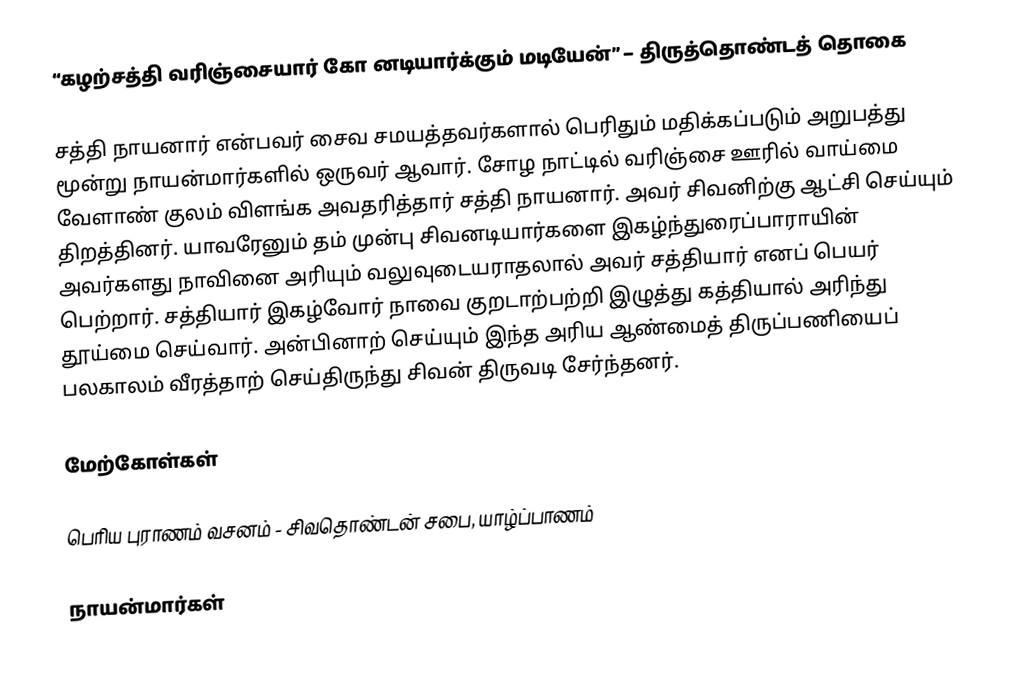
“கழற்சத்தி வரிஞ்சையார் கோ னடியார்க்கும் மடியேன்” – திருத்தொண்டத் தொகை

சத்தி நாயனார் என்பவர் சைவ சமயத்தவர்களால் பெரிதும் மதிக்கப்படும் அறுபத்து மூன்று நாயன்மார்களில் ஒருவர் ஆவார். சோழ நாட்டில் வரிஞ்சை ஊரில் வாய்மை வேளாண் குலம் விளங்க அவதரித்தார் சத்தி நாயனார். அவர் சிவனிற்கு ஆட்சி செய்யும் திறத்தினர். யாவரேனும் தம் முன்பு சிவனடியார்களை இகழ்ந்துரைப்பாராயின் அவர்களது நாவினை அரியும் வலுவுடையராதலால் அவர் சத்தியார் எனப் பெயர் பெற்றார். சத்தியார் இகழ்வோர் நாவை குறடாற்பற்றி இழுத்து கத்தியால் அரிந்து தூய்மை செய்வார். அன்பினாற் செய்யும் இந்த அரிய ஆண்மைத் திருப்பணியைப் பலகாலம் வீரத்தாற் செய்திருந்து சிவன் திருவடி சேர்ந்தனர்.

மேற்கோள்கள்

பெரிய புராணம் வசனம் - சிவதொண்டன் சபை, யாழ்ப்பாணம்

நாயன்மார்கள்